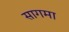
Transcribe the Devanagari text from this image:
सागमा